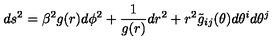
d s ^ { 2 } = \beta ^ { 2 } g ( r ) d \phi ^ { 2 } + { \frac { 1 } { g ( r ) } } d r ^ { 2 } + r ^ { 2 } \tilde { g } _ { i j } ( \theta ) d \theta ^ { i } d \theta ^ { j }